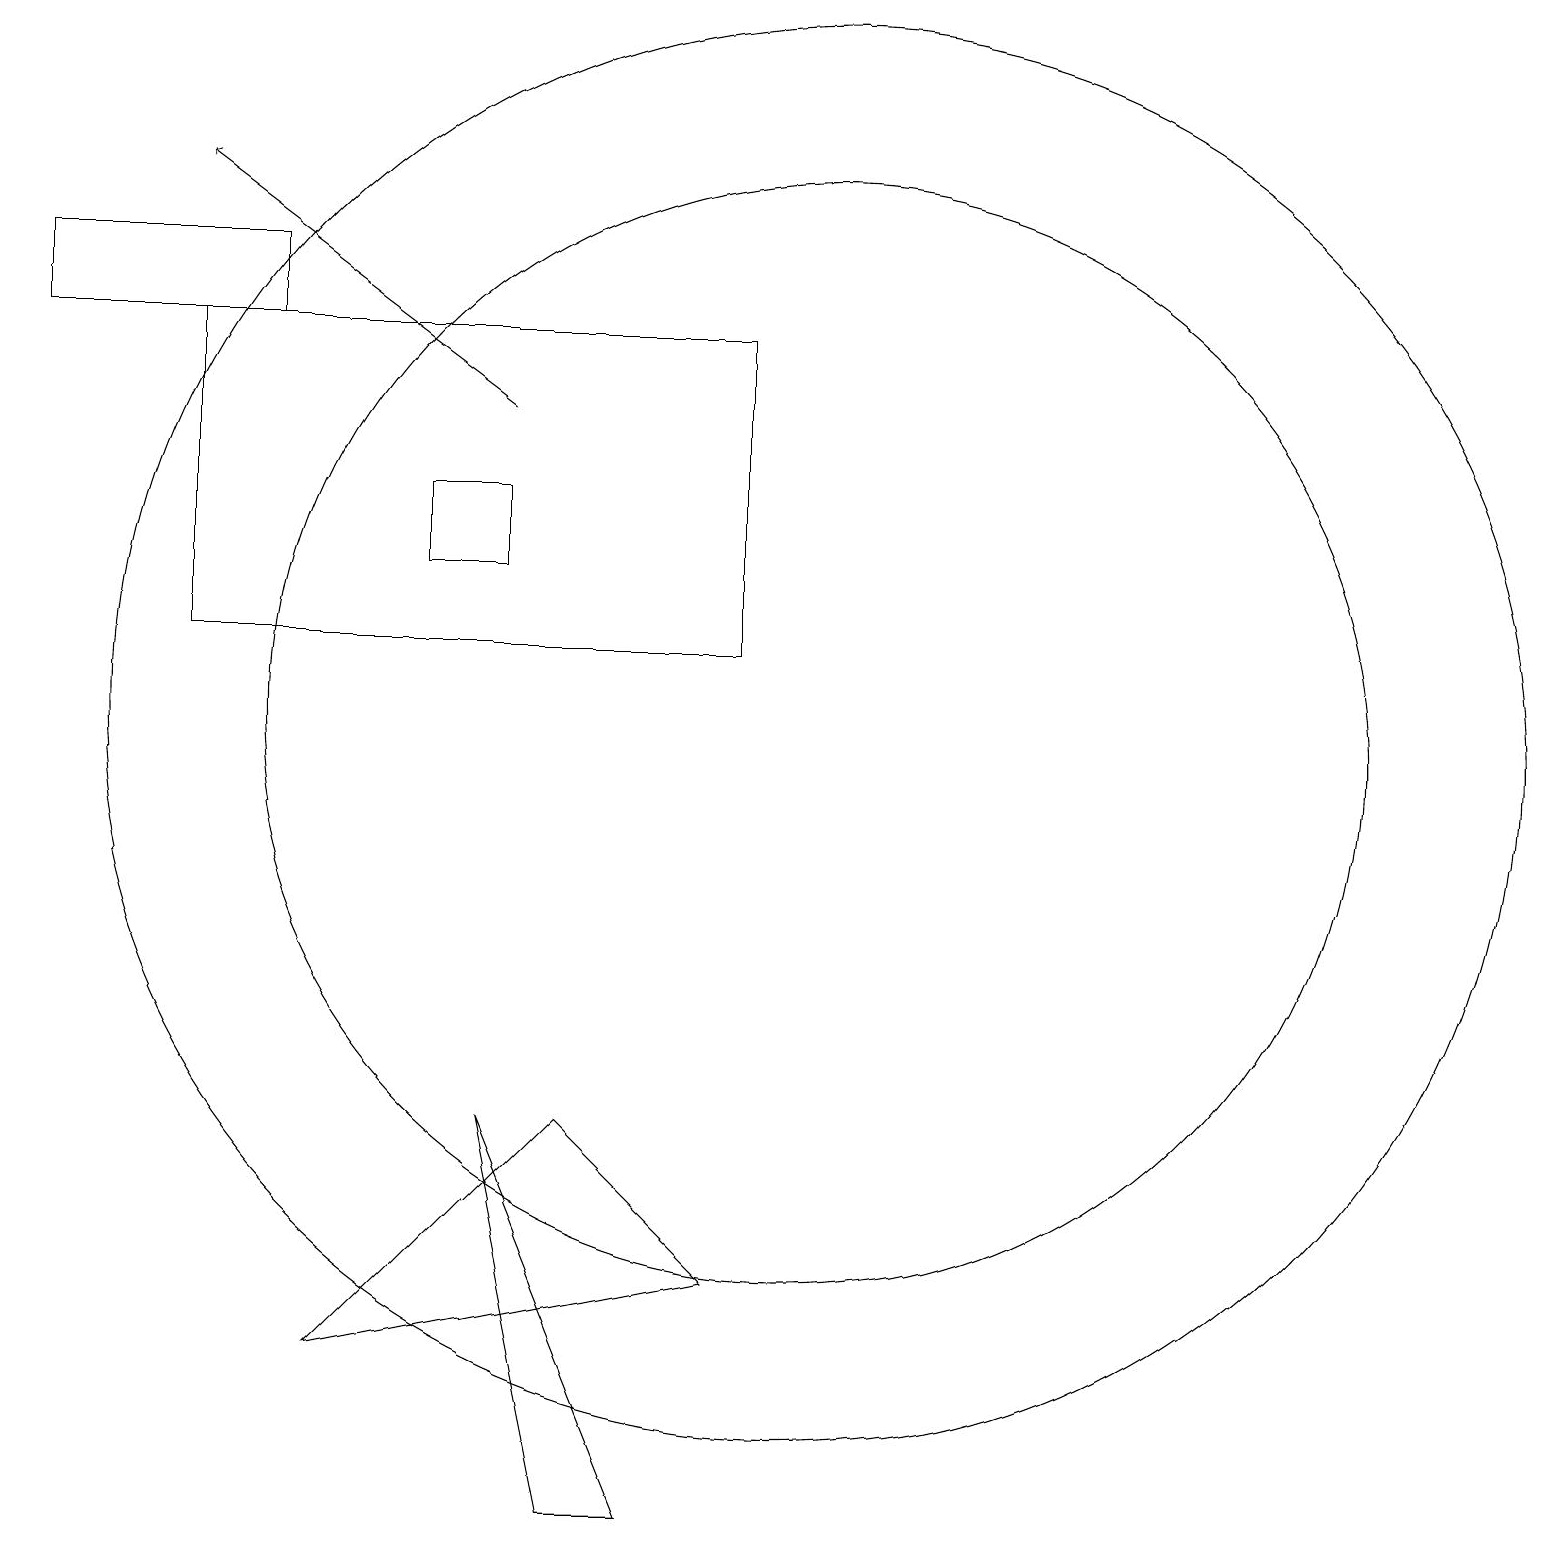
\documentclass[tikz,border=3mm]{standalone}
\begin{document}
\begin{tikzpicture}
\draw (10,11) circle (7);
\draw (5,14) rectangle (6,13);
\draw (10,11) circle (9);
\draw (6,6) -- (7,1) -- (8,1) -- cycle;
\draw (2,16) rectangle (9,12);
\draw (3,16) rectangle (0,17);
\draw (9,4) -- (4,3) -- (7,6) -- cycle;
\draw[->] (6,15) -- (2,18);
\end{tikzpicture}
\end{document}